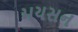
મયસન